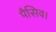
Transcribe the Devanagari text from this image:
पैसिव।